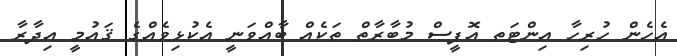
ޢެހެން ހުރިހާ އިންޓަތ އޮފީސް މުބާރާތް ތަކެއް ބާއްވަނީ އެކުޅިވެއްގެ ޤައުމީ އިދާރާ